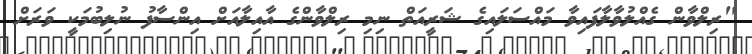
"ރިލްވާން ގެއްލުވާލާފައިވާ މައްސަލައިގެ ޝަރީއަތް ނިމި ރިލްވާންގެ އާއިލާއަށް އިންސާފު ނުލިބުމަކީ ވަރަށް